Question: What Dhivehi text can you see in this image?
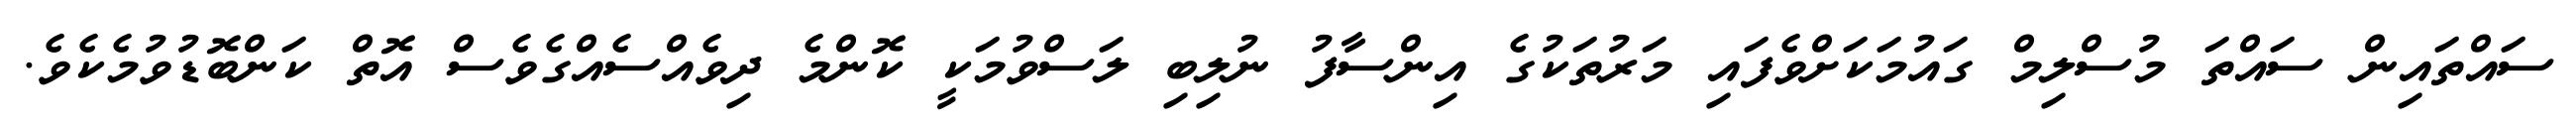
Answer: ސައްތައިން ސައްތަ މުސްލިމް ގައުމަކަށްވެފައި މަރުތަކުގެ އިންސާފު ނުލިބި ލަސްވުމަކީ ކޮންމެ ދިވެއްސެއްގެވެސް އޮތް ކަންބޮޑުވުމެކެވެ.